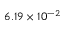
6 . 1 9 \times 1 0 ^ { - 2 }